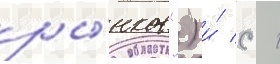
ры́нков") и́ с 1